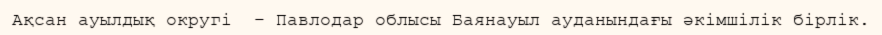
Ақсан ауылдық округі  – Павлодар облысы Баянауыл ауданындағы әкімшілік бірлік.